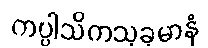
ကပ္ပါသိကသုခုမာနံ